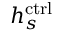
h _ { s } ^ { \mathrm { c t r l } }